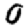
Digit: 0